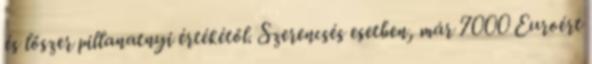
és lőszer pillanatnyi értékétől. Szerencsés esetben, már 7000 Euroért